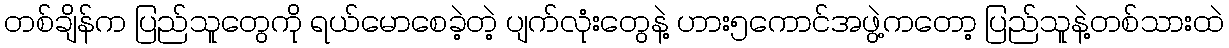
တစ်ချိန်က ပြည်သူတွေကို ရယ်မောစေခဲ့တဲ့ ပျက်လုံးတွေနဲ့ ဟား၅ကောင်အဖွဲ့ကတော့ ပြည်သူနဲ့တစ်သားထဲ